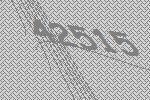
42515